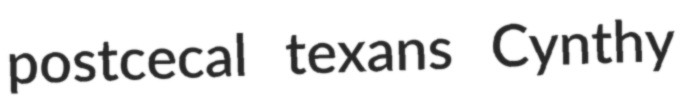
postcecal texans Cynthy